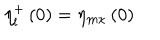
LaTeX: \eta _ { l } ^ { + } \left( 0 \right) = \eta _ { m \kappa } \left( 0 \right)